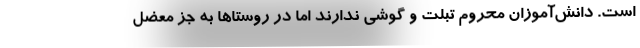
است. دانش‌آموزان محروم تبلت و گوشی ندارند اما در روستاها به جز معضل